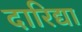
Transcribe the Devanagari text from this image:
दारिद्या